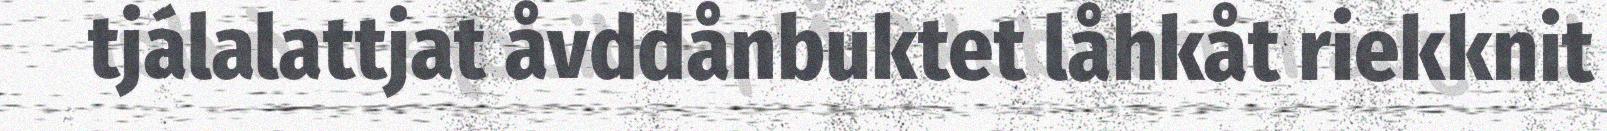
tjálalattjat åvddånbuktet låhkåt riekknit